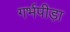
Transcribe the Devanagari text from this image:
गर्भपीड़ा